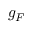
g _ { F }